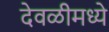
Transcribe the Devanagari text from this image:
देवळीमध्ये